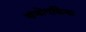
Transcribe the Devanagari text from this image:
संयोगक्रिया